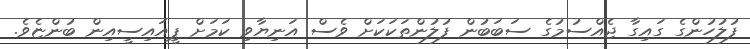
ފުލުހުންގެ ގައިގާ ޖެއްސުމުގެ ސަބަބުން ފުލުންތަކަކަށް ވެސް އަނިޔާވި ކަމަށް ޕީއައިސީއިން ބުންޏެވެ.